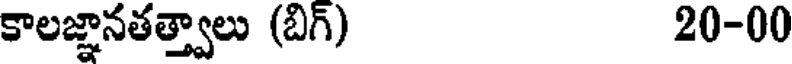
కాలజ్ఞానతత్త్వాలు (బిగ్) 20-00